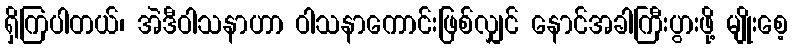
ရှိကြပါတယ်၊ အဲဒီဝါသနာဟာ ဝါသနာကောင်းဖြစ်လျှင် နောင်အခါကြီးပွားဖို့ မျိုးစေ့